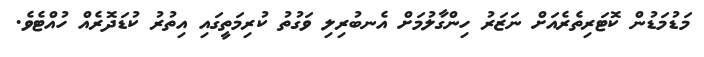
މަޑުމަޑުން ކޮޓަރިތެރެއަށް ނަޒަރު ހިންގާލުމަށް އެނބުރިލި ވަގުތު ކުރިމަތީގައި އިތުރު ކުޑަދޮރެއް ހުއްޓެވެ.